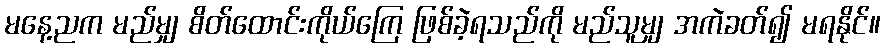
မနေ့ညက မည်မျှ စိတ်ထောင်းကိုယ်ကြေ ဖြစ်ခဲ့ရသည်ကို မည်သူမျှ အကဲခတ်၍ မရနိုင်။